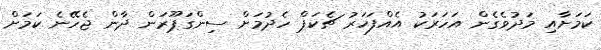
ކަމަށާއި މަދުވެގެން އަހަރަކު އެއްފަހަރު ޗެކަޕް ހެދުމަށް ސިންގަޕޫރަން ދާން ޖެހޭނެ ކަމަށް